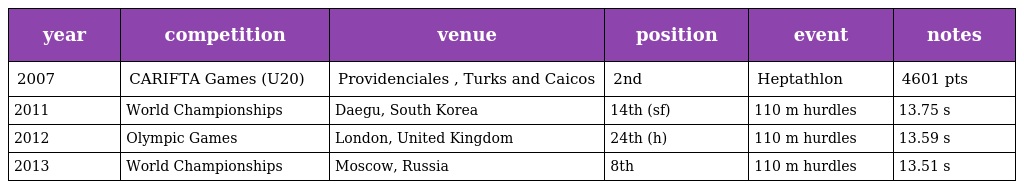
| year | competition | venue | position | event | notes |
 | --- | --- | --- | --- | --- | --- |
 | 2007 | CARIFTA Games (U20) | Providenciales , Turks and Caicos | 2nd | Heptathlon | 4601 pts |
 | 2011 | World Championships | Daegu, South Korea | 14th (sf) | 110 m hurdles | 13.75 s |
 | 2012 | Olympic Games | London, United Kingdom | 24th (h) | 110 m hurdles | 13.59 s |
 | 2013 | World Championships | Moscow, Russia | 8th | 110 m hurdles | 13.51 s |